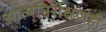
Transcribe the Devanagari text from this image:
आत्मनिरीक्षणही